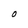
Character: O